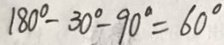
1 8 0 ^ { \circ } - 3 0 ^ { \circ } - 9 0 ^ { \circ } = 6 0 ^ { \circ }